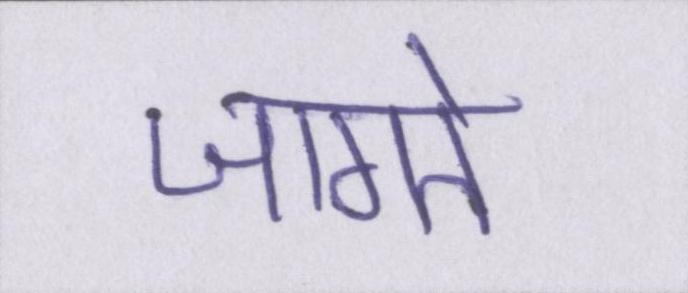
जागते